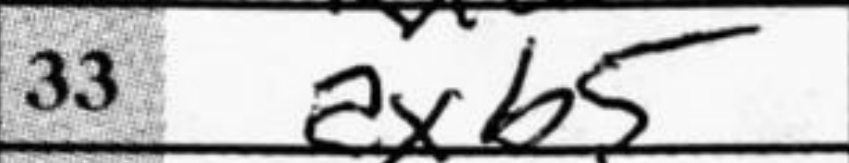
Transcription: axb5